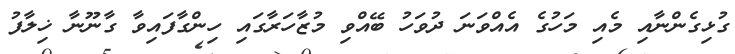
ގުޅިގެންނާއި މެއި މަހުގެ އެއްވަނަ ދުވަހު ބޭއްވި މުޒާހަރާގައި ހިންގާފައިވާ ގާނޫނާ ޚިލާފު